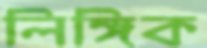
লিঙ্গিক